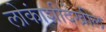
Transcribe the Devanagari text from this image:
लोकांशीदेखील